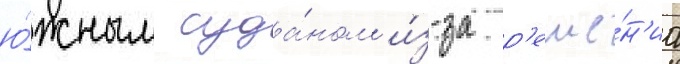
ю́жным суда́ном и́з-за р'еше́н'иа